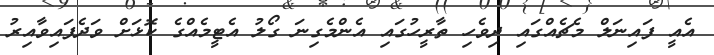
އެއީ ފައިނަލް މެޗެއްގައި ދިވެހި ތާރީހުގައި އެންމެގިނަ ގޯލު އެޓީމެއްގެ ކޮޅަށް ވަދެފައިވާއިރު